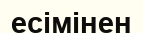
есімінен